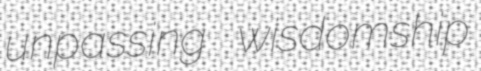
unpassing wisdomship